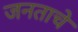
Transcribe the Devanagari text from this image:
जनताचे